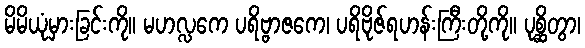
မိမိယုံမှားခြင်းကို။ မဟလ္လကေ ပရိဗ္ဗာဇကေ၊ ပရိဗိုဇ်ရဟန်းကြီးတို့ကို။ ပုစ္ဆိတွာ၊